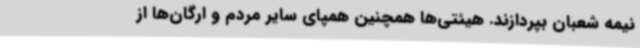
نیمه شعبان بپردازند. هیئتی‌ها همچنین همپای سایر مردم و ارگان‌ها از